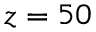
z = 5 0